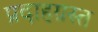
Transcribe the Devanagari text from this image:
प्रदाहग्रस्त